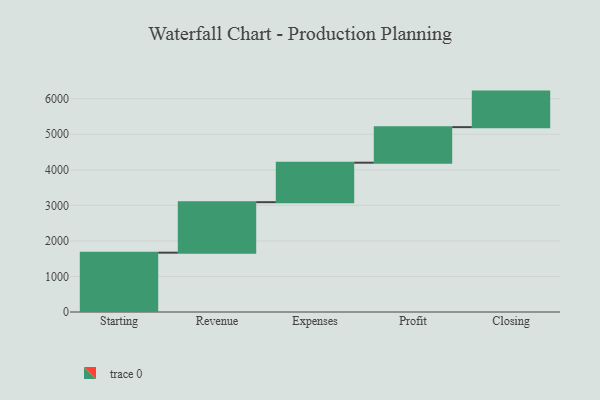
{"axis": {"x": "Step", "y": "Value"}, "legend": [""], "data": [{"x": "Starting", "y": 1669.0, "type": ""}, {"x": "Revenue", "y": 1421.0, "type": ""}, {"x": "Expenses", "y": 1111.0, "type": ""}, {"x": "Profit", "y": 1000, "type": ""}, {"x": "Closing", "y": 1000, "type": ""}]}